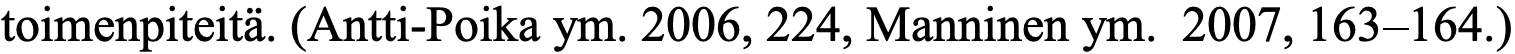
toimenpiteitä. (Antti-Poika ym. 2006, 224, Manninen ym. 2007, 163–164.)